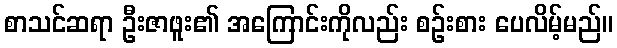
စာသင်ဆရာ ဦးဇာဖူး၏ အကြောင်းကိုလည်း စဉ်းစား ပေလိမ့်မည်။